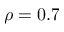
\rho = 0 . 7